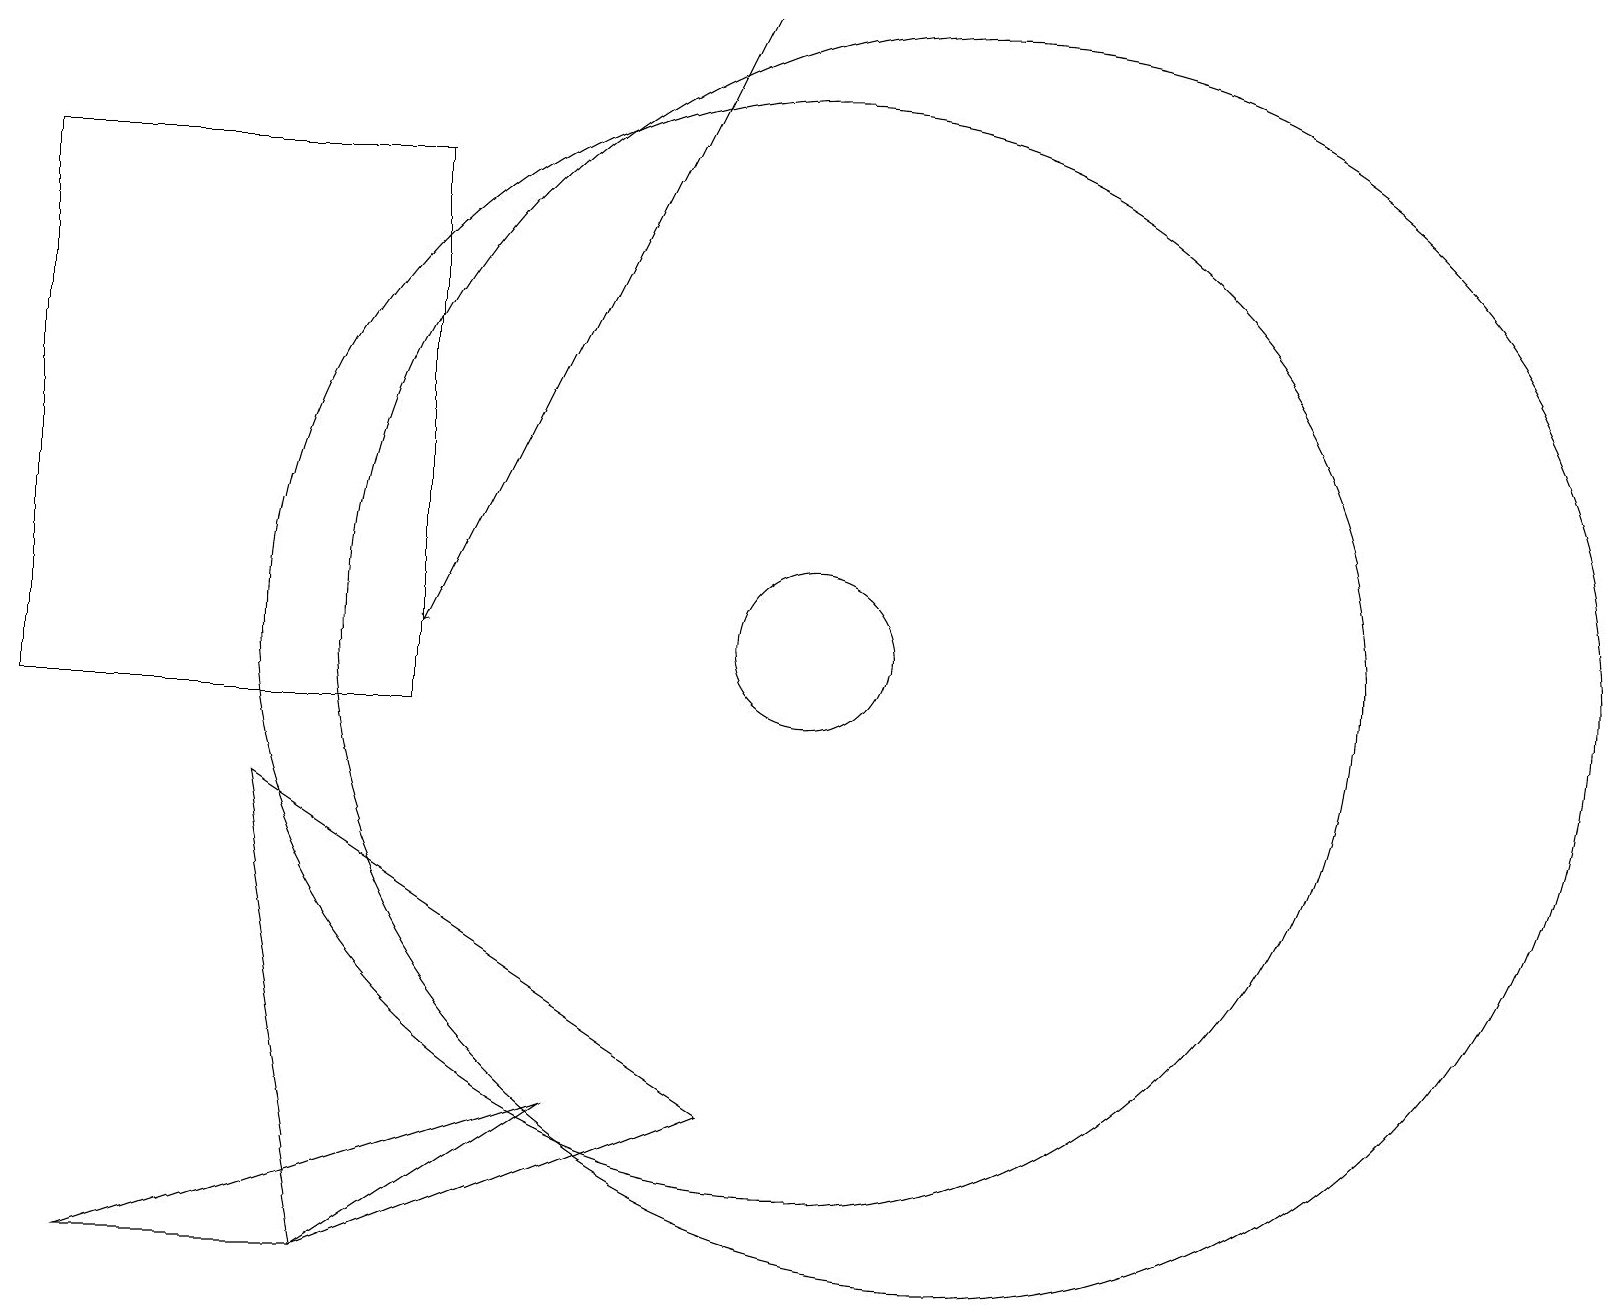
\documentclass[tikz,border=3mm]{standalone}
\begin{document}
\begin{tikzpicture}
\draw[->] (9,19) -- (5,11);
\draw (10,11) circle (1);
\draw (1,3) -- (4,3) -- (7,5) -- cycle;
\draw (5,17) rectangle (0,10);
\draw (10,11) circle (7);
\draw (4,3) -- (9,5) -- (3,9) -- cycle;
\draw (12,11) circle (8);
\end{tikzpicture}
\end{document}